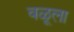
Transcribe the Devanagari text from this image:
वळूला